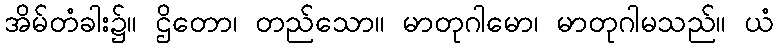
အိမ်တံခါး၌။ ဌိတော၊ တည်သော။ မာတုဂါမော၊ မာတုဂါမသည်။ ယံ